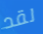
لقد